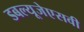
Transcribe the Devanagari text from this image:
डबल्यूजेएसवी